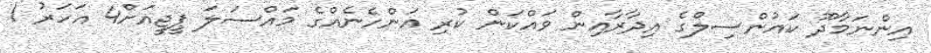
އިންނަމާދޫ ކައުންސިލްގެ އިދާރާއިން ވައްކަން ކުރި އަންހެނެއްގެ މައްސަލަ ޕީޖީއަށް4 އަހަރު 1